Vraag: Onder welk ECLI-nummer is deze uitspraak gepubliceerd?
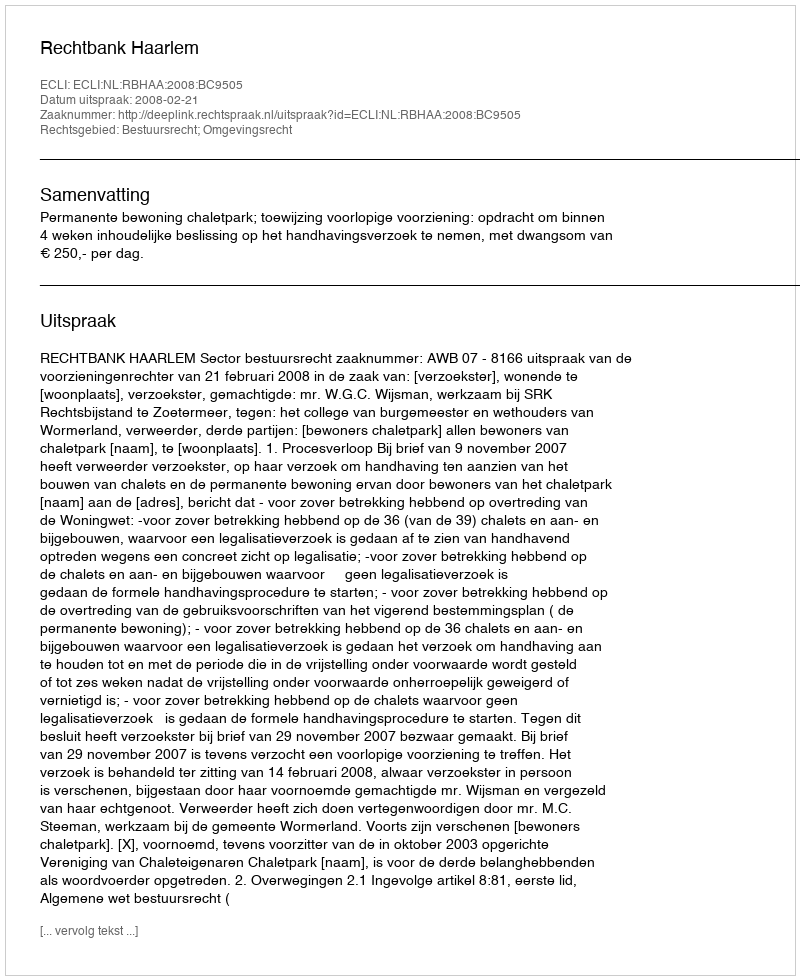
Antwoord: ECLI:NL:RBHAA:2008:BC9505